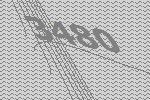
3480